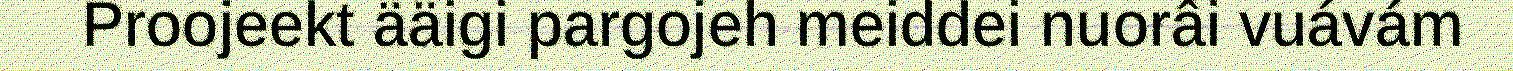
Proojeekt ääigi pargojeh meiddei nuorâi vuávám